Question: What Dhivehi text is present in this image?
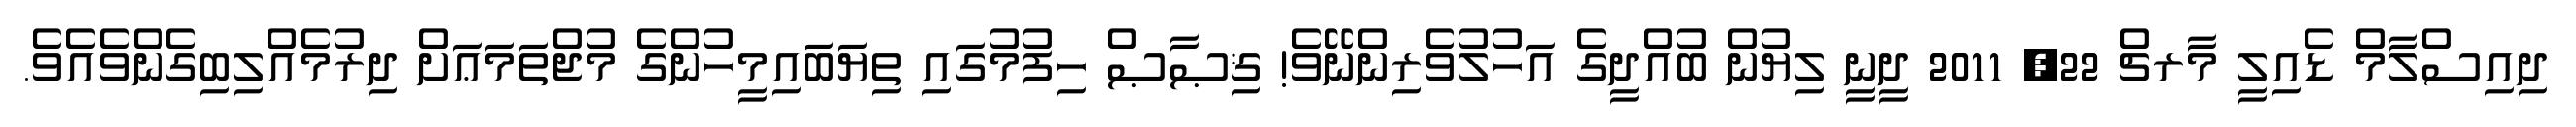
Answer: ދިއިސްލާމް ޑެއިލީ މާރޗް 22, 2011 ދީނީ ލިޔުން ބުއްދީގެ އަހުލުވެރިންނޭވެ! ޤިޞާޞް ހިފުމުގައި ތިޔަބައިމީހުންގެ މުޖްތަމަޢަށް ދިރުމެއްލިބިގެންވެއެވެ.